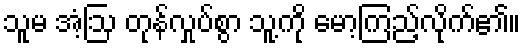
သူမ အံ့ဩ တုန်လှုပ်စွာ သူ့ကို မော့ကြည့်လိုက်၏။